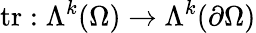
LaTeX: \textrm{tr}:\Lambda^{k}(\Omega)\to\Lambda^{k}(\partial\Omega)